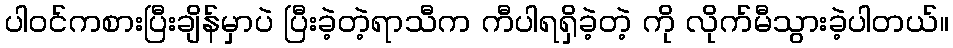
ပါဝင်ကစားပြီးချိန်မှာပဲ ပြီးခဲ့တဲ့ရာသီက ကီပါရရှိခဲ့တဲ့ ကို လိုက်မီသွားခဲ့ပါတယ်။